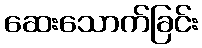
ဆေးသောက်ခြင်း